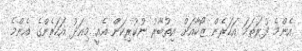
އެންމެ ފުރަތަމަ އަހަރެން ޒޯހާއަށް އިތުބާރު ނުކުރިކަން އެއީ މިއަދު އަހަރެންގެ އެންމެ